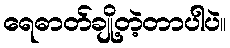
ရေဓာတ်ချို့တဲ့တာပါပဲ။